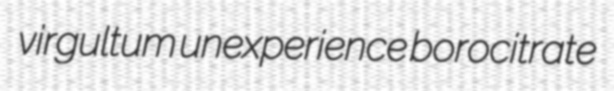
virgultum unexperience borocitrate